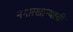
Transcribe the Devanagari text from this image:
नगारखान्याची